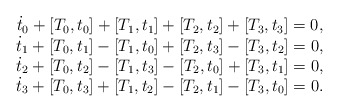
\begin{align*}\begin{array}{c} \dot{t}_0+[T_0,t_0]+[T_1,t_1]+[T_2,t_2]+[T_3,t_3]=0,\\ \dot{t}_1+[T_0,t_1]-[T_1,t_0]+[T_2,t_3]-[T_3,t_2]=0,\\\dot{t}_2+[T_0,t_2]-[T_1,t_3]-[T_2,t_0]+[T_3,t_1]=0,\\ \dot{t}_3+[T_0,t_3]+[T_1,t_2]-[T_2,t_1]-[T_3,t_0]=0.\end{array}\end{align*}